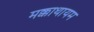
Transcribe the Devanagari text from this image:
मक्काथायम